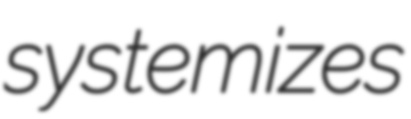
systemizes